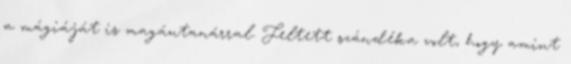
a mágiáját is magántanárral. Feltett szándéka volt, hogy amint